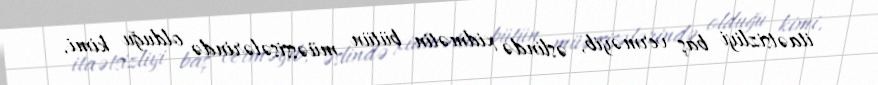
itaətsizliyi baş verməyib, əslində xidmətin bütün müəssisələrində olduğu kimi,